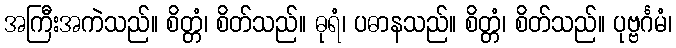
အကြီးအကဲသည်။ စိတ္တံ၊ စိတ်သည်။ ဓုရံ၊ ပဓာနသည်။ စိတ္တံ၊ စိတ်သည်။ ပုဗ္ဗင်္ဂမံ၊